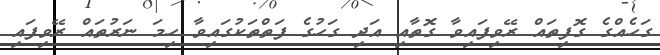
ގަހެއްގެ ގޮފިތައް ރޭވިފައިވާ ގޮތާއި އަދި ގަހުގެ ފަތްތަކުގައިވާ ހިމަ ނަރުތައް ރޭވިފައި